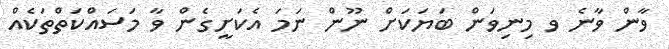
ވާން ވާނެ ވ މިނިވަން ބަޔަކަށް ނޫން ނަމަ އެކަށީގެން ވާ މަސައްކަތްތަކެއް